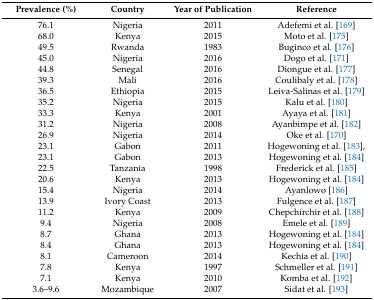
<table><thead><tr><td><b>Prevalence (%)</b></td><td><b>Country</b></td><td><b>Year of Publication</b></td><td><b>Reference</b></td></tr></thead><tbody><tr><td>76.1</td><td>Nigeria</td><td>2011</td><td>Adefemi et al. [169]</td></tr><tr><td>68.0</td><td>Kenya </td><td>2015</td><td>Moto et al. [175]</td></tr><tr><td>49.5</td><td>Rwanda </td><td>1983</td><td>Buginco et al. [176]</td></tr><tr><td>45.0</td><td>Nigeria</td><td>2016</td><td>Dogo et al. [171]</td></tr><tr><td>44.8</td><td>Senegal </td><td>2016</td><td>Diongue et al. [177]</td></tr><tr><td>39.3</td><td>Mali </td><td>2016</td><td>Coulibaly et al. [178]</td></tr><tr><td>36.5</td><td>Ethiopia </td><td>2015</td><td>Leiva-Salinas et al. [179]</td></tr><tr><td>35.2</td><td>Nigeria</td><td>2015</td><td>Kalu et al. [180]</td></tr><tr><td>33.3</td><td>Kenya</td><td>2001</td><td>Ayaya et al. [181]</td></tr><tr><td>31.2</td><td>Nigeria</td><td>2008</td><td>Ayanbimpe et al. [182]</td></tr><tr><td>26.9</td><td>Nigeria</td><td>2014</td><td>Oke et al. [170]</td></tr><tr><td>23.1</td><td>Gabon </td><td>2011</td><td>Hogewoning et al. [183],</td></tr><tr><td>23.1</td><td>Gabon</td><td>2013</td><td>Hogewoning et al. [184]</td></tr><tr><td>22.5</td><td>Tanzania </td><td>1998</td><td>Frederick et al. [185]</td></tr><tr><td>20.6</td><td>Kenya</td><td>2013</td><td>Hogewoning et al. [184]</td></tr><tr><td>15.4</td><td>Nigeria</td><td>2014</td><td>Ayanlowo [186]</td></tr><tr><td>13.9</td><td>Ivory Coast </td><td>2013</td><td>Fulgence et al. [187]</td></tr><tr><td>11.2</td><td>Kenya</td><td>2009</td><td>Chepchirchir et al. [188]</td></tr><tr><td>9.4</td><td>Nigeria</td><td>2008</td><td>Emele et al. [189]</td></tr><tr><td>8.7</td><td>Ghana</td><td>2013</td><td>Hogewoning et al. [184]</td></tr><tr><td>8.4</td><td>Ghana</td><td>2013</td><td>Hogewoning et al. [184]</td></tr><tr><td>8.1</td><td>Cameroon </td><td>2014</td><td>Kechia et al. [190]</td></tr><tr><td>7.8</td><td>Kenya</td><td>1997</td><td>Schmeller et al. [191]</td></tr><tr><td>7.1</td><td>Kenya</td><td>2010</td><td>Komba et al. [192]</td></tr><tr><td>3.6–9.6</td><td>Mozambique</td><td>2007</td><td>Sidat et al. [193]</td></tr></tbody></table>